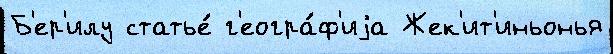
Б'ер'илу статье́ г'еогра́ф'иjа Жек'ит'иньонья